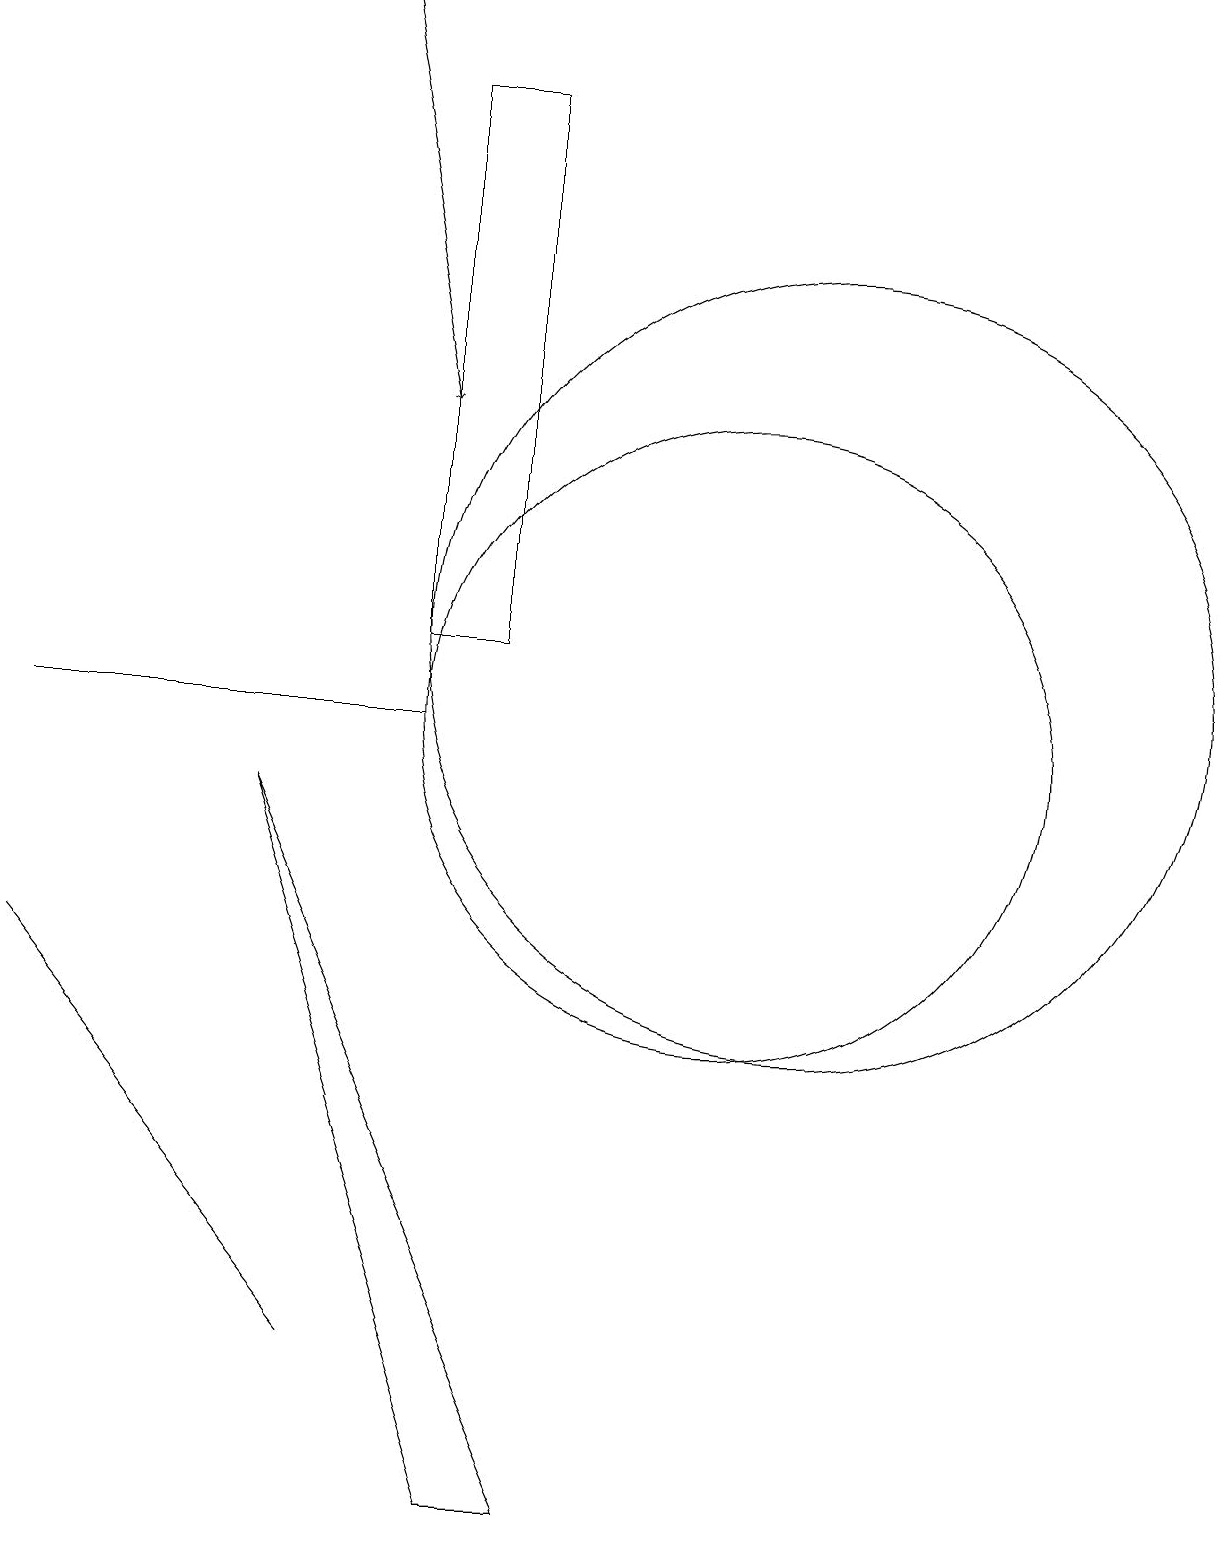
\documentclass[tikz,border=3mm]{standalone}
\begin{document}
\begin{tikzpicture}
\draw (11,11) circle (5);
\draw (6,10) rectangle (1,10);
\draw[->] (5,19) -- (6,14);
\draw (6,11) rectangle (7,18);
\draw (10,10) circle (4);
\draw (7,0) -- (4,9) -- (8,0) -- cycle;
\draw (1,7) -- (5,2) -- (5,2) -- cycle;
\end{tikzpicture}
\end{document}